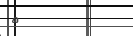
٨